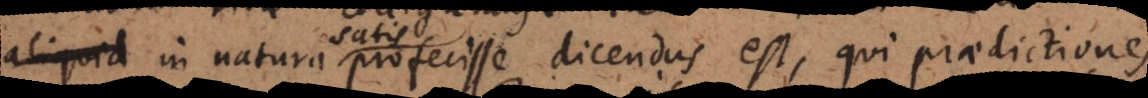
natura in natura satis profecisse dicendus est, qui praedictiones